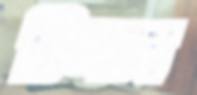
চিলান